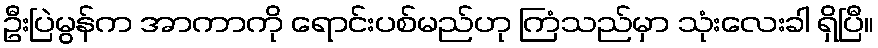
ဦးပြဲမွန်က အာကာကို ရောင်းပစ်မည်ဟု ကြံသည်မှာ သုံးလေးခါ ရှိပြီ။